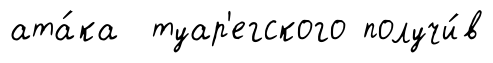
ата́ка туар'егского получи́в